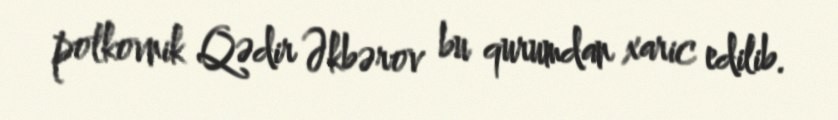
polkovnik Qədir Əkbərov bu qurumdan xaric edilib.